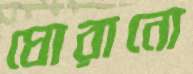
ঘোরানো